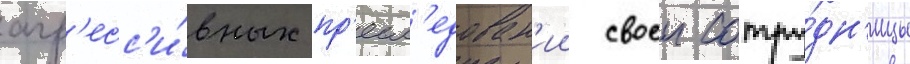
агр'есс'и́вных пр'есл'едован'ии своеи сотру́дн'ицы